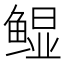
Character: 𲍖